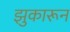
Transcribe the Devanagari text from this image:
झुकारून